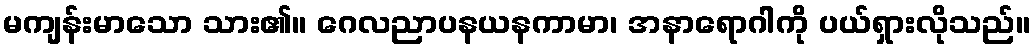
မကျန်းမာသော သား၏။ ဂေလညာပနယနကာမာ၊ အနာရောဂါကို ပယ်ရှားလိုသည်။